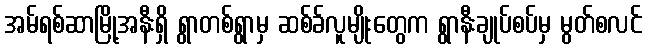
အမ်ရစ်ဆာမြို့အနီးရှိ ရွာတစ်ရွာမှ ဆစ်ခ်လူမျိုးတွေက ရွာနီးချုပ်စပ်မှ မွတ်စလင်